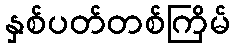
နှစ်ပတ်တစ်ကြိမ်